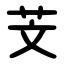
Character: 芠